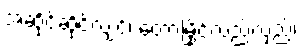
အဆိုင်ဆိုင်လျှင်၊ တောမြိုင်လည်လှည့်၊